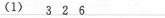
（1）3 2 6